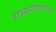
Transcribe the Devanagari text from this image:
राज्यारोहणानंतर